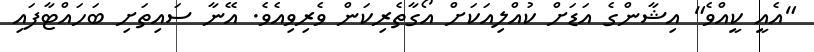
"އެއީ ކީއްވެ" އިޝާންގެ އަޑަށް ކުއްލިއަކަށް އޯގާތެރިކަން ވެރިވިއެވެ. އޭނާ ސައިތަށި ބަހައްޓާފައި